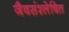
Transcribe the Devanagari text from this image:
जैवसंश्लेषित